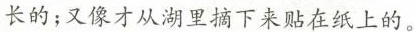
长的；又像才从湖里摘下来贴在纸上的。